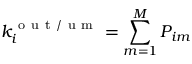
k _ { i } ^ { \mathrm { ~ o ~ u ~ t ~ / ~ u ~ m ~ } } = \sum _ { m = 1 } ^ { M } P _ { i m }